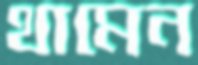
থামেন